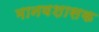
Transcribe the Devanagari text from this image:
मानवशासक